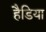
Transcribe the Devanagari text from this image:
हैडिया